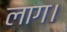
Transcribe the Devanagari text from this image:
लाग।